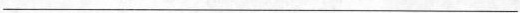
___